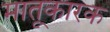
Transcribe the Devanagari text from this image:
मातृ्कारक